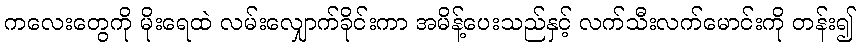
ကလေးတွေကို မိုးရေထဲ လမ်းလျှောက်ခိုင်းကာ အမိန့်ပေးသည်နှင့် လက်သီးလက်မောင်းကို တန်း၍